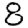
Digit: 8